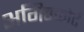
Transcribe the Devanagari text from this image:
अगिन्कोर्ट